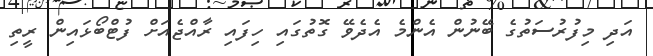
އަދި މިފުރުސަތުގެ ބޭނުން އެންމެ އެދެވޭ ގޮތުގައި ހިފައި ރާއްޖެއަށް ފުޓްބޯޅައިން ރީތި